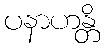
ပနာဟန္တိ